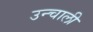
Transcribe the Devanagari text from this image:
उन्चाली